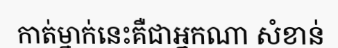
កាត់ម្នាក់នេះគឺជាអ្នកណា សំខាន់